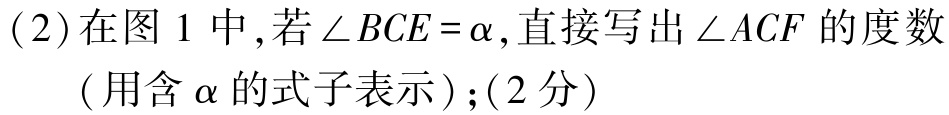
(2)在图 1 中,若\(\angle BCE = \alpha\),直接写出\(\angle ACF\)的度数（用含\(\alpha\)的式子表示）;(2分)